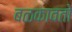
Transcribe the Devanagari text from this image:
बळकावतो